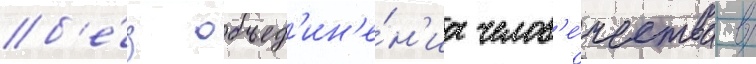
б'е́з объед'ин'е́н'иа челов'е́чества в